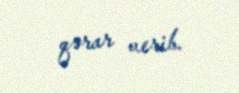
qərar verib.